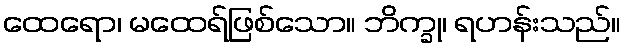
ထေရော၊ မထေရ်ဖြစ်သော။ ဘိက္ခု၊ ရဟန်းသည်။